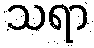
သရာ